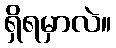
ရှိရမှာလဲ။